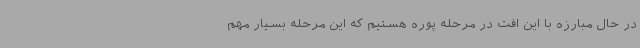
در حال مبارزه با این افت در مرحله پوره هستیم که این مرحله بسیار مهم